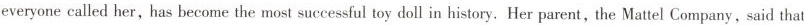
everyone called her, has become the most successful toy doll in history. Her parent, the Mattel Company, said that